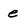
Character: e